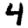
Digit: 4